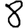
Digit: 8